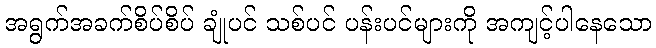
အရွက်အခက်စိပ်စိပ် ချုံပင် သစ်ပင် ပန်းပင်များကို အကျင့်ပါနေသော